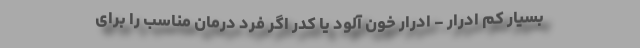
بسیار کم ادرار - ادرار خون آلود یا کدر اگر فرد درمان مناسب را برای